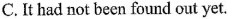
C. It had not been found out yet.